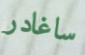
ساغادر